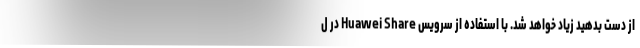
از دست بدهید زیاد خواهد شد. با استفاده از سرویس Huawei Share در ل